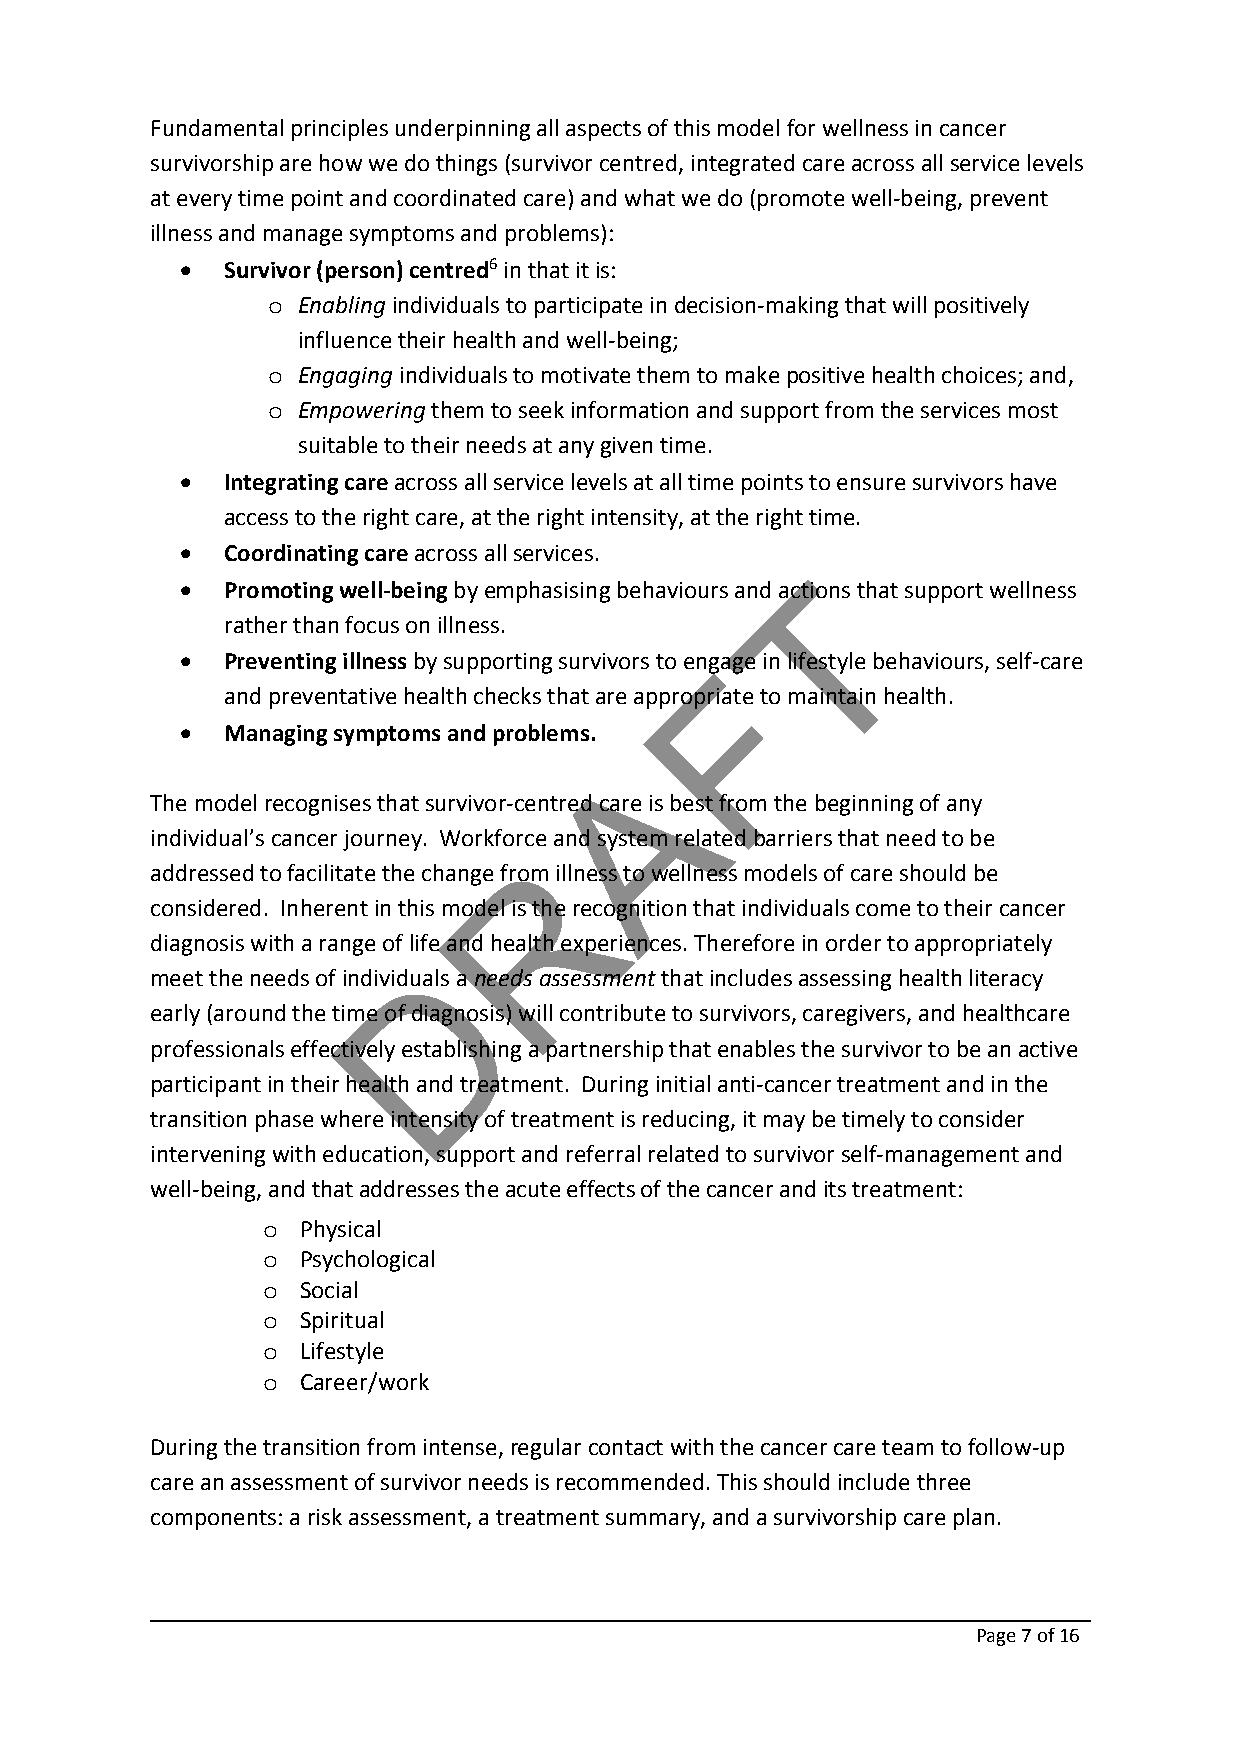
Fundamental principles underpinning all aspects of this model for wellness in cancer
 survivorship are how we do things (survivor centred, integrated care across all service levels
 at every time point and coordinated care) and what we do (promote well‐being, prevent
 illness and manage symptoms and problems):
   Survivor (person) centred6 in that it is:
 o Enabling individuals to participate in decision‐making that will positively
 influence their health and well‐being;
 o Engaging individuals to motivate them to make positive health choices; and,
 o Empowering them to seek information and support from the services most
 suitable to their needs at any given time.
   Integrating care across all service levels at all time points to ensure survivors have
 access to the right care, at the right intensity, at the right time.
   Coordinating care across all services.
 T
   Promoting well‐being by emphasising behaviours and actions that support wellness
 rather than focus on illness.
   Preventing illness by supporting survivors to engFage in lifestyle behaviours, self‐care
 and preventative health checks that are appropriate to maintain health.
   Managing symptoms and problems.
 A
 The model recognises that survivor‐centred care is best from the beginning of any
 individual’s cancer journey. Workforce and system related barriers that need to be
 R
 addressed to facilitate the change from illness to wellness models of care should be
 considered. Inherent in this model is the recognition that individuals come to their cancer
 diagnosis with a range of life and health experiences. Therefore in order to appropriately
 D
 meet the needs of individuals a needs assessment that includes assessing health literacy
 early (around the time of diagnosis) will contribute to survivors, caregivers, and healthcare
 professionals effectively establishing a partnership that enables the survivor to be an active
 participant in their health and treatment. During initial anti‐cancer treatment and in the
 transition phase where intensity of treatment is reducing, it may be timely to consider
 intervening with education, support and referral related to survivor self‐management and
 well‐being, and that addresses the acute effects of the cancer and its treatment:
 o  Physical
 o  Psychological
 o  Social
 o  Spiritual
 o  Lifestyle
 o  Career/work
 During the transition from intense, regular contact with the cancer care team to follow‐up
 care an assessment of survivor needs is recommended. This should include three
 components: a risk assessment, a treatment summary, and a survivorship care plan.
 Page 7of 16